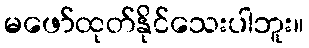
မဖော်ထုတ်နိုင်သေးပါဘူး။